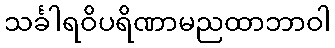
သင်္ခါရဝိပရိဏာမညထာဘာဝါ